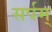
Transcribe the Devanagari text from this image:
सर्पम्